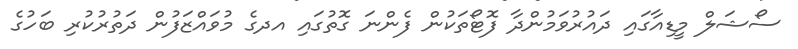
ސޯޝަލް މީޑިއާގައި ދައުރުވަމުންދާ ފޮޓޯތަކުން ފެންނަ ގޮތުގައި އދގެ މުވައްޒަފުން ދަތުރުކުރި ބަހުގެ